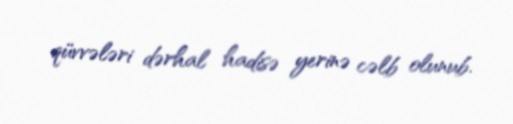
qüvvələri dərhal hadisə yerinə cəlb olunub.